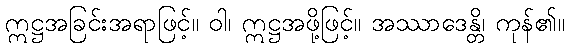
ဣဋ္ဌအခြင်းအရာဖြင့်။ ဝါ၊ ဣဋ္ဌအဖို့ဖြင့်။ အဿာဒေန္တိ၊ ကုန်၏။